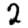
Digit: 2